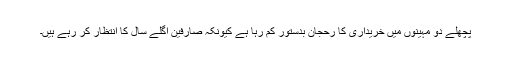
پچھلے دو مہینوں میں خریداری کا رحجان بدستور کم رہا ہے کیونکہ صارفین اگلے سال کا انتظار کر رہے ہیں۔